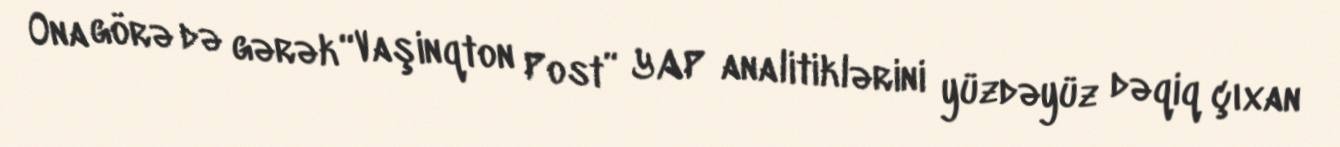
Ona görə də gərək “Vaşinqton Post” YAP analitiklərini yüzdəyüz dəqiq çıxan